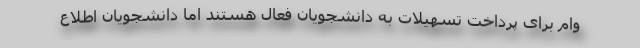
وام برای پرداخت تسهیلات به دانشجویان فعال هستند اما دانشجویان اطلاع